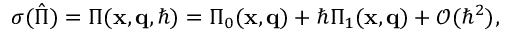
\begin{array} { r } { \sigma ( \hat { \Pi } ) = \Pi ( \mathbf { x } , \mathbf { q } , \hbar ) = \Pi _ { 0 } ( \mathbf { x } , \mathbf { q } ) + \hbar \Pi _ { 1 } ( \mathbf { x } , \mathbf { q } ) + \mathcal { O } ( \hbar ^ { 2 } ) , } \end{array}